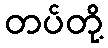
တပ်တို့